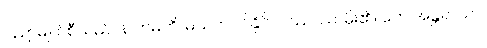
ပညာမျက်စီသည်။ န ကမတိ၊ မသက်ဝင်နိုင်။ ဝဿဿ၊ မိုး၏။ တေ အန္တရာယာ၊